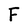
Character: F